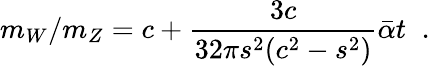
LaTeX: m_{W}/m_{Z}=c+\frac{3c}{32\pi s^{2}(c^{2}-s^{2})}\bar{\alpha}t\; \; .